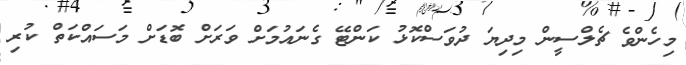
މިހެންވެ ޗެލްސީން މިދިޔަ ދުވަސްކޮޅު ކަންޓޭ ގެނައުމަށް ވަރަށް ބޮޑަށް މަސައްކަތް ކުރި